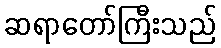
ဆရာတော်ကြီးသည်